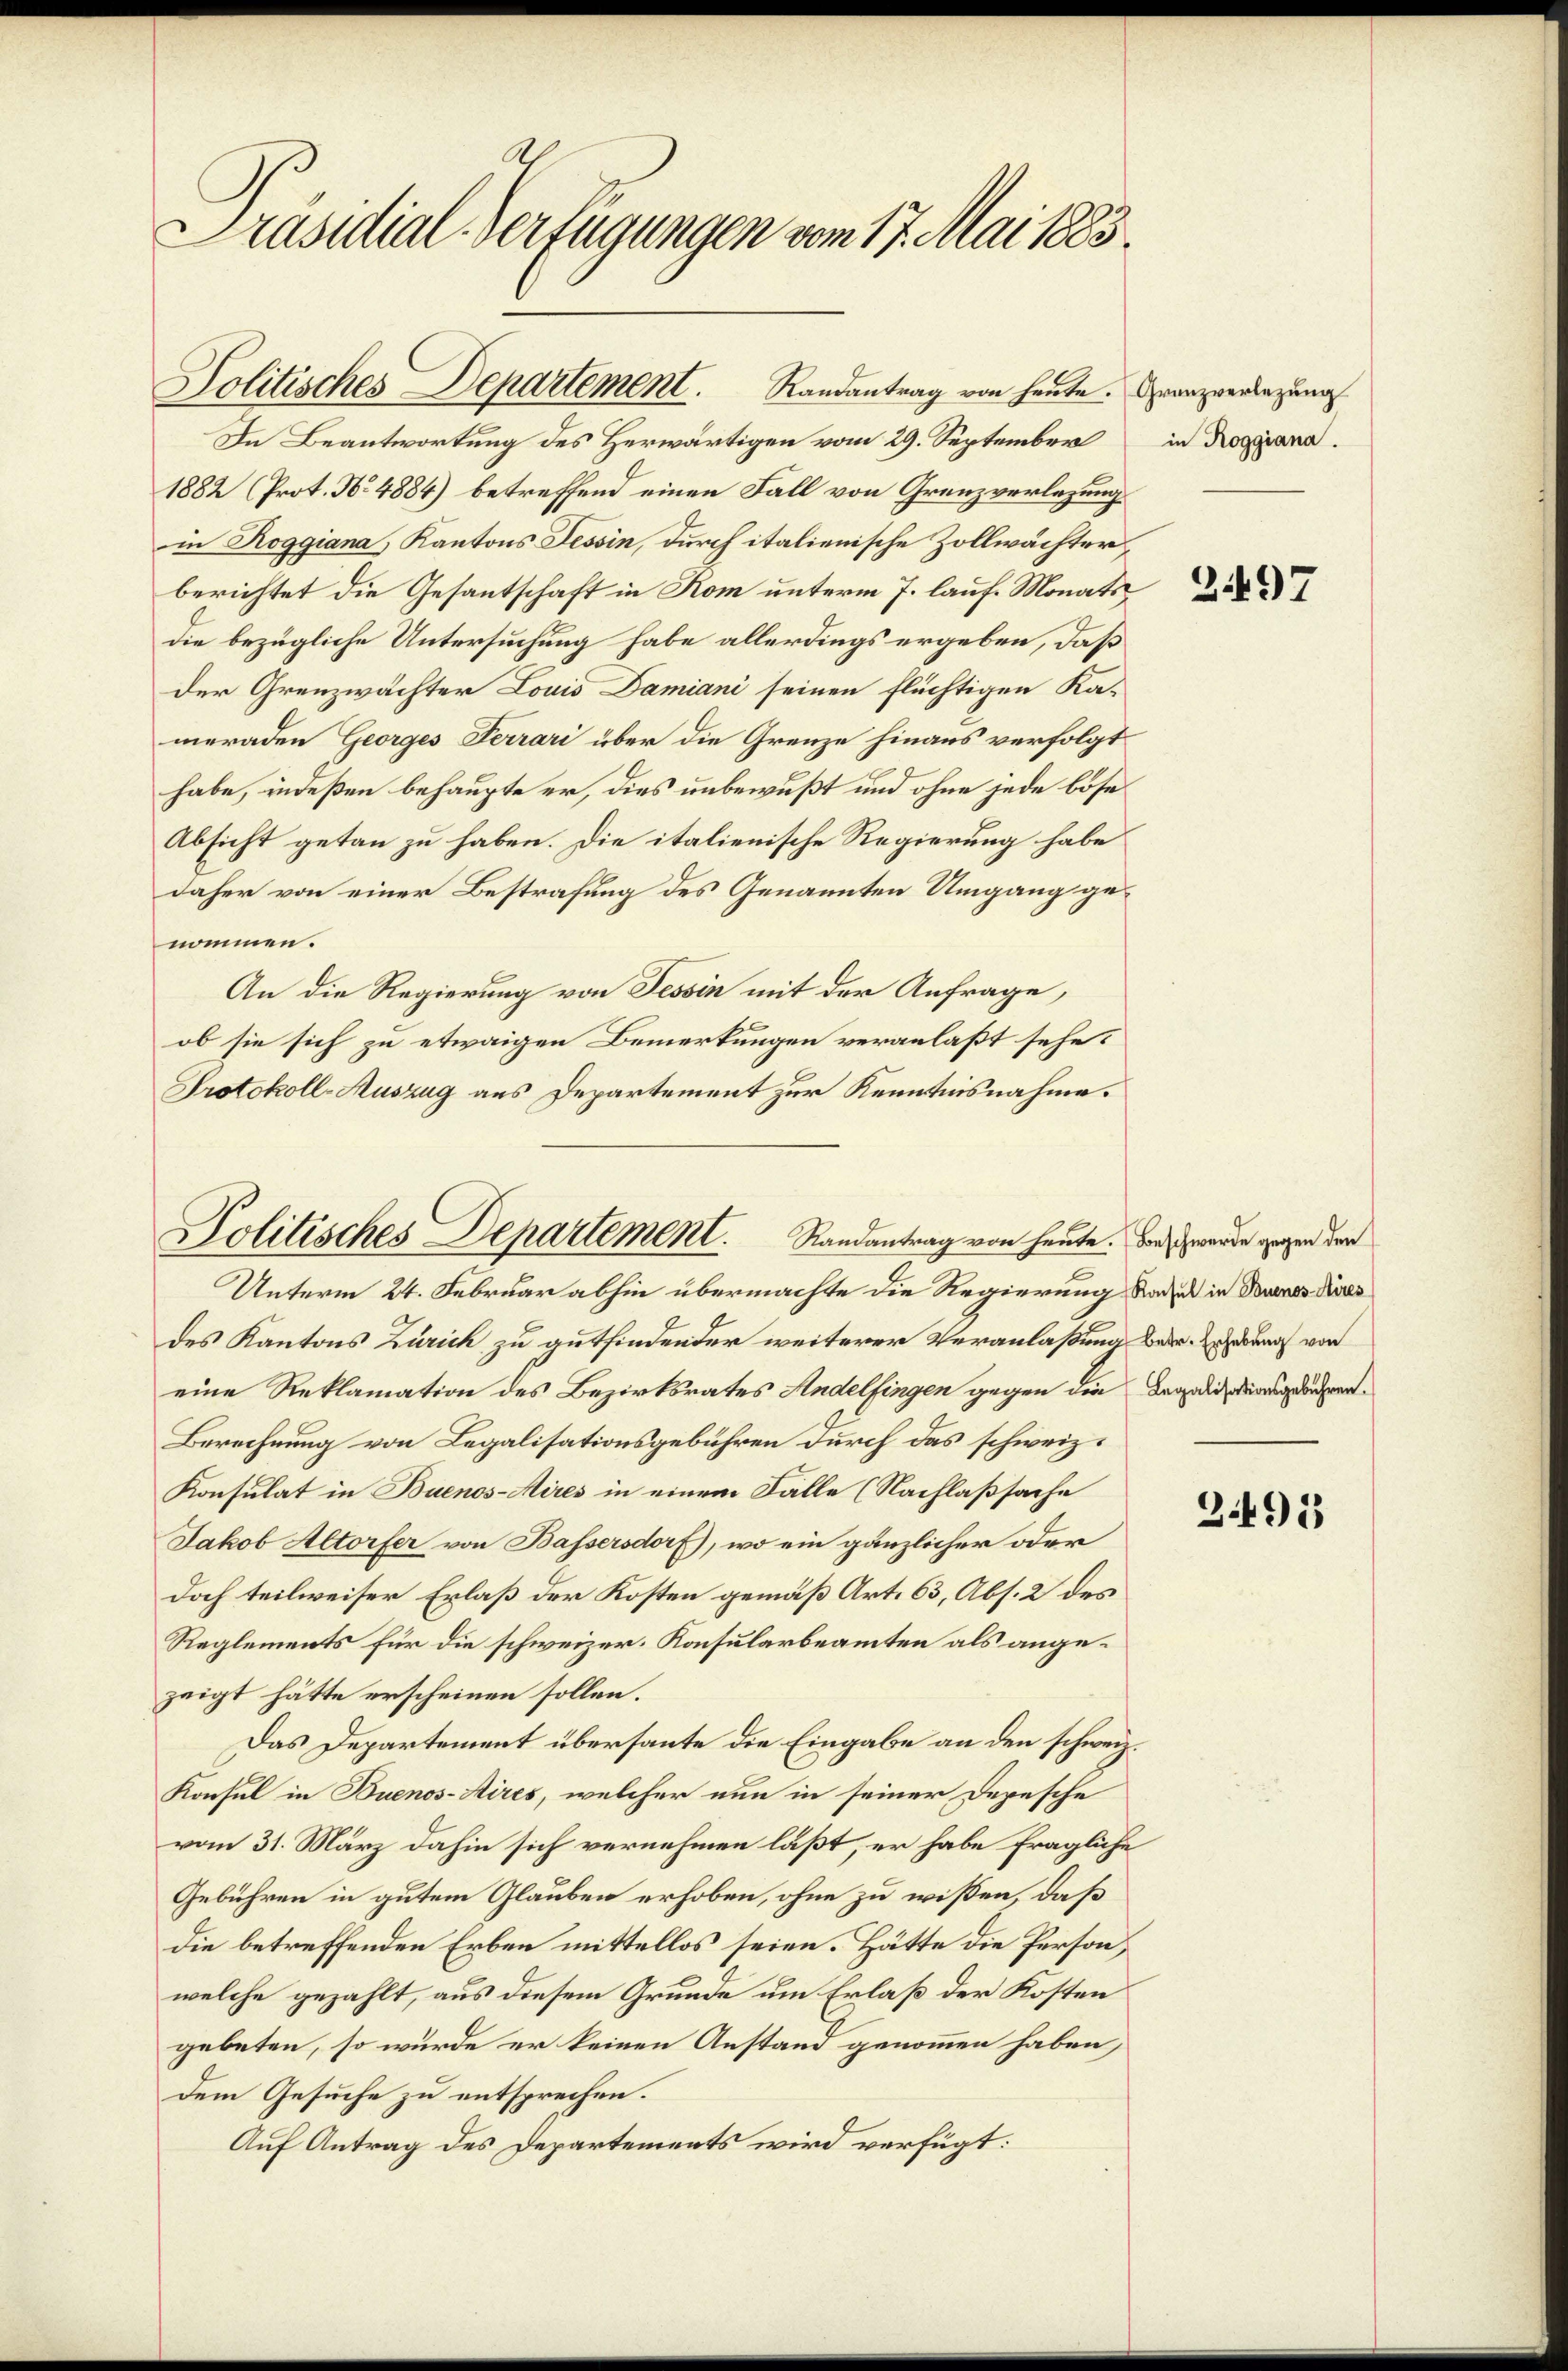
.
Präsidial-Verfügungen vom 17. Mai 1883.

Politisches Departement. Randantrag von heute. Franzverlegung

In Beantwortung des Herwärtigen vom 29. September
1882 (Prot. No 4884) betreffend einen Fall von Grenzverlegung
in Roggiana, Kantons Tessin, durch italienische Zollwächter,
berichtet die Gesantschaft in Rom unterm 7. lauf Monats
die bezügliche Untersuchung habe allerdings ergeben, daß
der Grenzwachter Louis Damiani seinen flüchtigen Ka-
meraden Georges Ferrari über die Grenze hinaus verfolgt
habe, indeßen behaupte er, dies unbewußt und ohne jede böse
Absicht getan zu haben. Die italienische Regierung habe
daher von einer Bestrafung des Genannten Umgang genommen.
An die Regierung von Tessin mit der Anfrage,
ob sie sich zu etwaigen Bemerkungen veranlaßt sehe?
Protokoll-Auszug aus Departement zur Kenntnisnahme.

Politisches Departement. Randantrag von heute. Bei werde gegen den

Unterm 24. Februar abhin übermachte die Regierung und in Deines dies
des Kantons Zürich zu gutfindender weiterer Veranlaßung bedr. herung von
eine Reklamation des Bezirksrates Andelfingen gegen die Legalisationsgewähren¬
Berechnung von Legalisationsgebühren durch das schweiz.
Konsulat in Buenos-Aires in einem Falle (Nachlaßsache
Jakob Altorfer von Bassersdorf), wo ein gänzlicher oder
doch teilweiser Erlaß der Kosten gemäß Art. 63, Abs. 2 des
Reglements für die schweizer. Konsularbeamten als angezeigt hätte erscheinen sollen.
Das Departement übersante die Eingabe an den schweiz.
Konsul in Buenos-Aires, welcher nun in seiner Depesche
vom 31. März dahin sich vernehmen läßt, er habe fragliche
Gebühren in gutem Glauben erhoben, ohne zu wissen, daß
die betreffenden Erben mittellos seien. Hätte die Person,
welche gezählt, aus diesem Grunde um Erlaß der Kosten
gebeten, so wurde er keinen Anstand genommen haben,
dem Gesuche zu entsprechen.
Auf Antrag des Departements wird verfügt:

in Roggiana.

3491